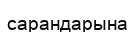
сарандарына